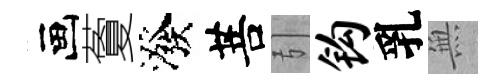
画藑潑菩引钩乳𭴾